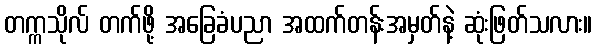
တက္ကသိုလ် တက်ဖို့ အခြေခံပညာ အထက်တန်းအမှတ်နဲ့ ဆုံးဖြတ်သလား။